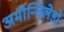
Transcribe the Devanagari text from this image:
अमौन्तिलेडो